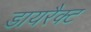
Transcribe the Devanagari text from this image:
डायरैक्ट